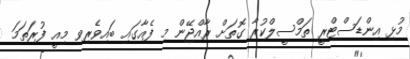
މުޅި އިންޑަސްޓްރީ ތަމްސީލްކުރާ ގޮތަށް ރާއްޖޭން މި ފެއާގައި ބައިވެރިވި މިއީ ފުރަތަމަ